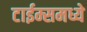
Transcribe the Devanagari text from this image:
टाईम्समध्ये